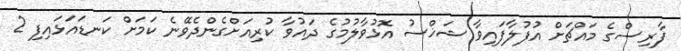
ފާރިސްގެ މައްޗަށް އުފުލާފައިވާ ޝަޚްސު އޮޅުވާލުމުގެ ދައުވާ ކުރިއަށްގެންދެވޭނެ ކަމަށް ކަނޑައަޅައިފި 2